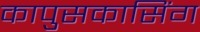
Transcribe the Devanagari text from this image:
कापुसकासिंग